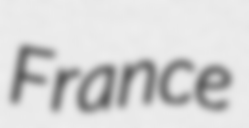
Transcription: France